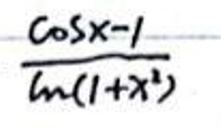
\(\frac{\cos x - 1}{\ln(1 + x^{2})}\)